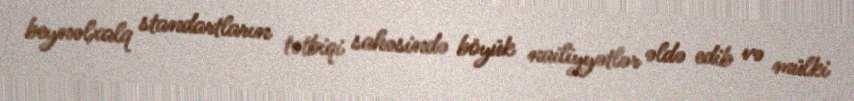
beynəlxalq standartların tətbiqi sahəsində böyük nailiyyətlər əldə edib və mülki